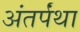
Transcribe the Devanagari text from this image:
अंतर्पंथा